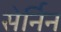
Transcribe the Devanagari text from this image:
सेर्निन